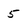
Character: 5